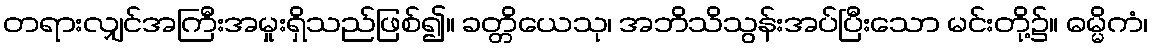
တရားလျှင်အကြီးအမှုးရှိသည်ဖြစ်၍။ ခတ္တိယေသု၊ အဘိသိသွန်းအပ်ပြီးသော မင်းတို့၌။ ဓမ္မိကံ၊